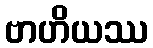
ဗာဟိယဿ